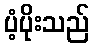
ပံ့ပိုးသည်